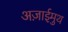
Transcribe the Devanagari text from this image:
अज़ाईमुथ